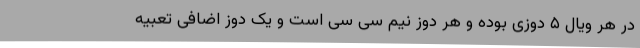
در هر ویال ۵ دوزی بوده و هر دوز نیم سی سی است و یک دوز اضافی تعبیه